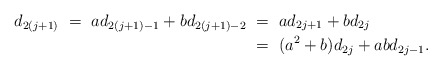
\begin{align*}d_{2(j+1)} \ =\ ad_{2(j+1)-1} + bd_{2(j+1)-2}&\ =\ ad_{2j + 1} + bd_{2j}\\&\ =\ (a^2+b)d_{2j} + abd_{2j-1}.\end{align*}